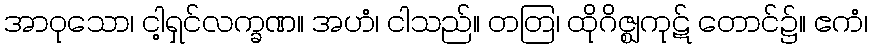
အာဝုသော၊ ငါ့ရှင်လက္ခဏ။ အဟံ၊ ငါသည်။ တတြ၊ ထိုဂိဇ္ဈကုဋ် တောင်၌။ ဧကံ၊